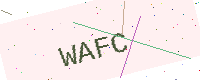
Text: WAFC